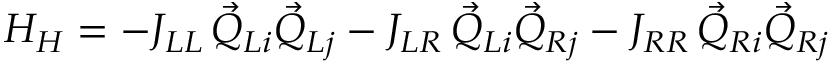
H _ { H } = - J _ { L L } \, \vec { Q } _ { L i } \vec { Q } _ { L j } - J _ { L R } \, \vec { Q } _ { L i } \vec { Q } _ { R j } - J _ { R R } \, \vec { Q } _ { R i } \vec { Q } _ { R j }